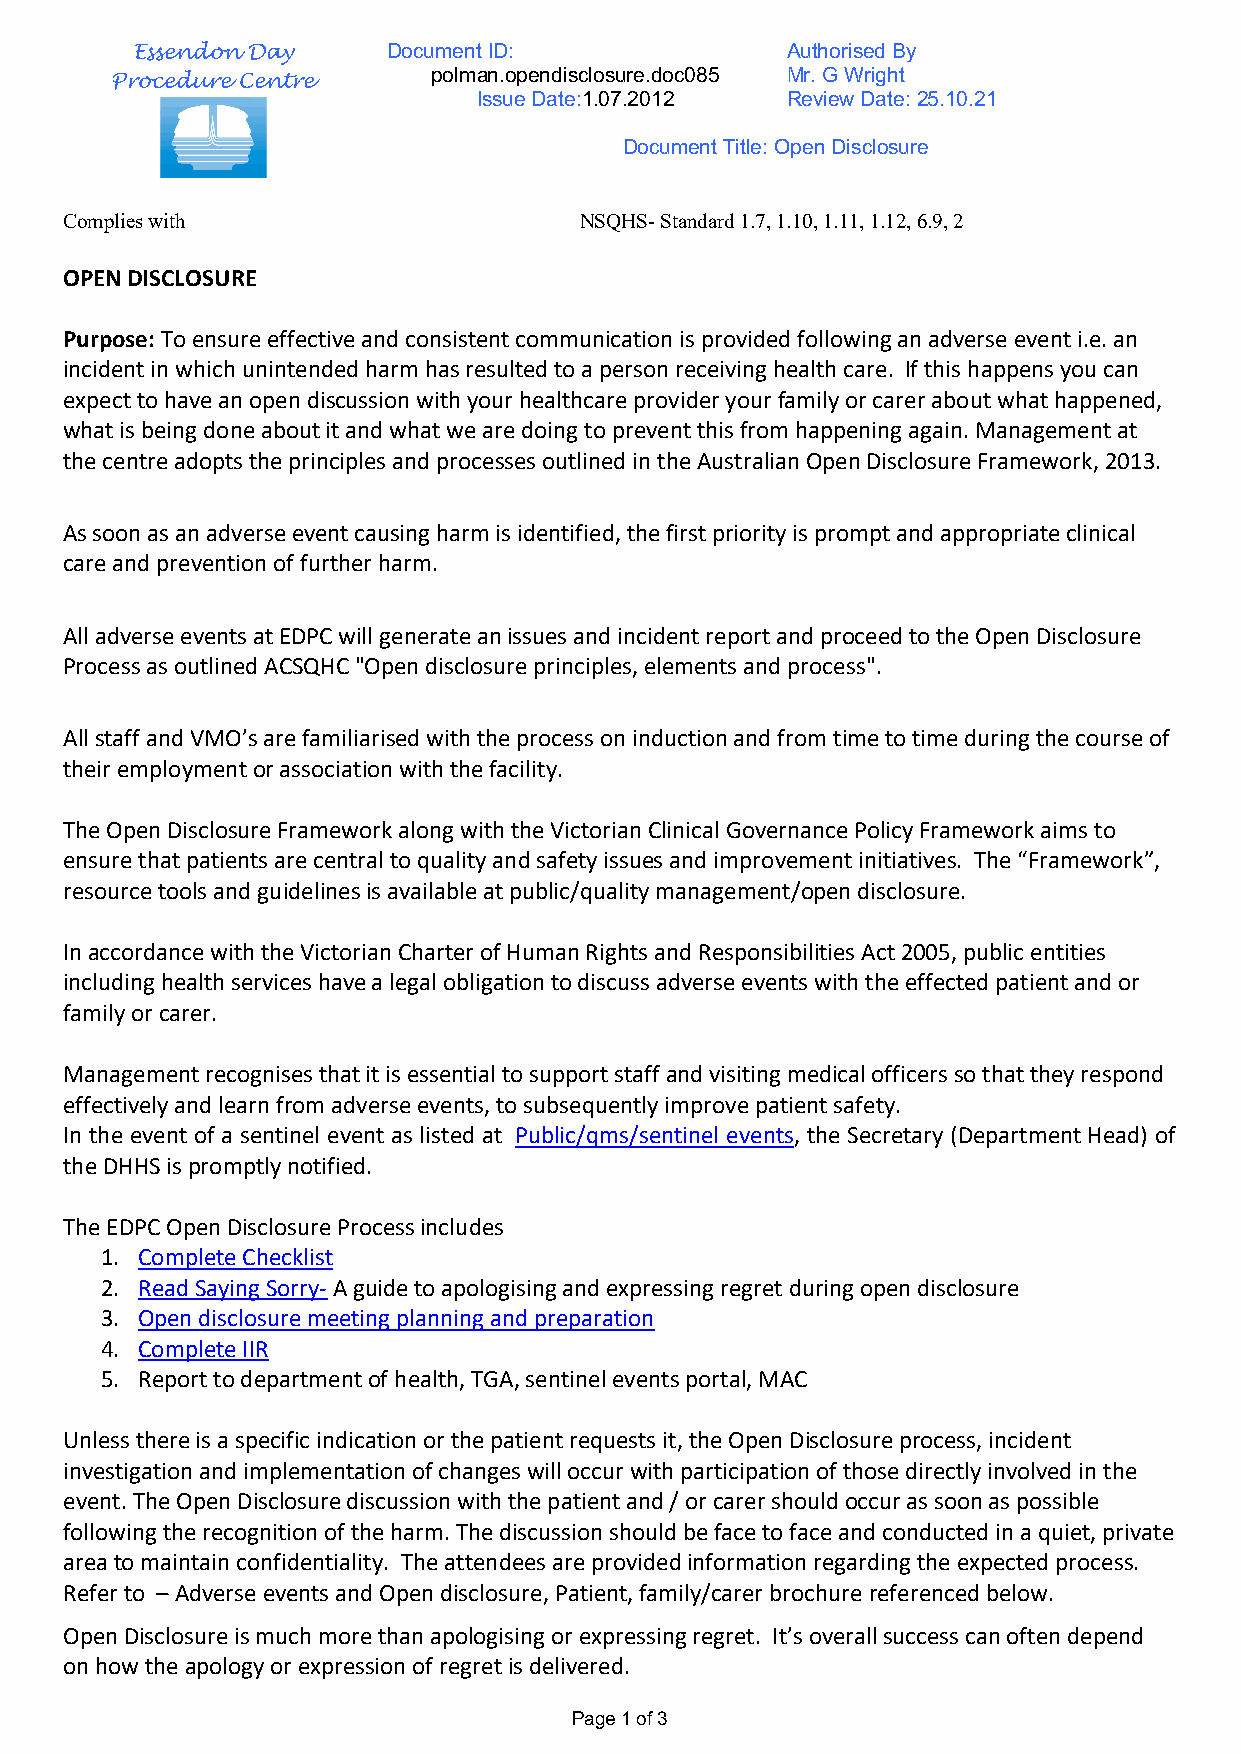
Essendon Day     Document ID:              Authorised By
 polman.opendisclosure.doc085 Mr. G Wright
 Procedure Centre
 Issue Date:1.07.2012 Review Date: 25.10.21
 Document Title: Open Disclosure
 Complies with                     NSQHS- Standard 1.7, 1.10, 1.11, 1.12, 6.9, 2
 OPEN DISCLOSURE
 Purpose: To ensure effective and consistent communication is provided following an adverse event i.e. an
 incident in which unintended harm has resulted to a person receiving health care. If this happens you can
 expect to have an open discussion with your healthcare provider your family or carer about what happened,
 what is being done about it and what we are doing to prevent this from happening again. Management at
 the centre adopts the principles and processes outlined in the Australian Open Disclosure Framework, 2013.
 As soon as an adverse event causing harm is identified, the first priority is prompt and appropriate clinical
 care and prevention of further harm.
 All adverse events at EDPC will generate an issues and incident report and proceed to the Open Disclosure
 Process as outlined ACSQHC "Open disclosure principles, elements and process".
 All staff and VMO’s are familiarised with the process on induction and from time to time during the course of
 their employment or association with the facility.
 The Open Disclosure Framework along with the Victorian Clinical Governance Policy Framework aims to
 ensure that patients are central to quality and safety issues and improvement initiatives. The “Framework”,
 resource tools and guidelines is available at public/quality management/open disclosure.
 In accordance with the Victorian Charter of Human Rights and Responsibilities Act 2005, public entities
 including health services have a legal obligation to discuss adverse events with the effected patient and or
 family or carer.
 Management recognises that it is essential to support staff and visiting medical officers so that they respond
 effectively and learn from adverse events, to subsequently improve patient safety.
 In the event of a sentinel event as listed at Public/qms/sentinel events, the Secretary (Department Head) of
 the DHHS is promptly notified.
 The EDPC Open Disclosure Process includes
 1. Complete Checklist
 2. Read Saying Sorry- A guide to apologising and expressing regret during open disclosure
 3. Open disclosure meeting planning and preparation
 4. Complete IIR
 5. Report to department of health, TGA, sentinel events portal, MAC
 Unless there is a specific indication or the patient requests it, the Open Disclosure process, incident
 investigation and implementation of changes will occur with participation of those directly involved in the
 event. The Open Disclosure discussion with the patient and / or carer should occur as soon as possible
 following the recognition of the harm. The discussion should be face to face and conducted in a quiet, private
 area to maintain confidentiality. The attendees are provided information regarding the expected process.
 Refer to – Adverse events and Open disclosure, Patient, family/carer brochure referenced below.
 Open Disclosure is much more than apologising or expressing regret. It’s overall success can often depend
 on how the apology or expression of regret is delivered.
 Page 1 of 3